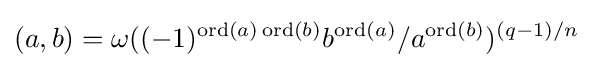
(a,b)=\omega ((-1)^{\operatorname {ord} (a)\operatorname {ord} (b)}b^{\operatorname {ord} (a)}/a^{\operatorname {ord} (b)})^{(q-1)/n}